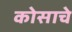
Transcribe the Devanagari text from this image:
कोसाचे